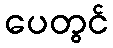
ပေတွင်